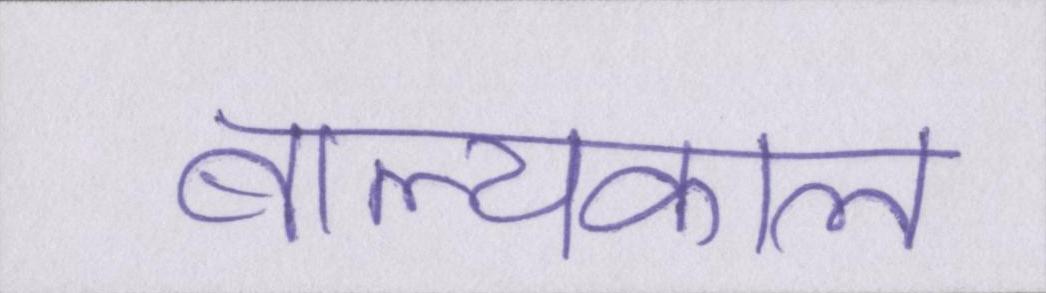
बाल्यकाल